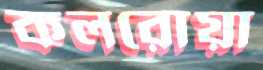
কলরোয়া